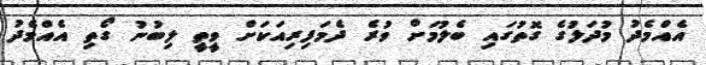
އެއްމެދު މުދަލުގެ ގޮތުގައި ބެލުމަށް ވުރެ ދެމަފިރިއަކަށް ވީތީ ލިބުނު ގޯތި އެއްމެދު